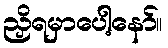
ညှိရမှာပေါ့နော်။